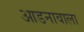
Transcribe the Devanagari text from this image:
आडनावाला